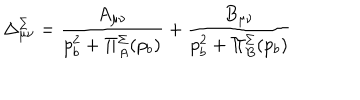
\Delta _ { \mu \nu } ^ { \Sigma } = { \frac { A _ { \mu \nu } } { p _ { b } ^ { 2 } + \Pi _ { A } ^ { \Sigma } ( p _ { b } ) } } + { \frac { B _ { \mu \nu } } { p _ { b } ^ { 2 } + \Pi _ { B } ^ { \Sigma } ( p _ { b } ) } }